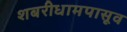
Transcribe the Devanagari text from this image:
शबरीधामपासूव